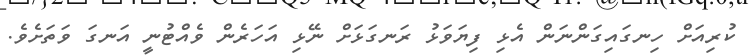
ކުރިއަށް ހިނގައިގަންނަން އެޅި ފިޔަވަޅު ރަނގަޅަށް ނޭޅި އަހަރެން ވެއްޓުނީ އަނގަ ވަތަށެވެ.